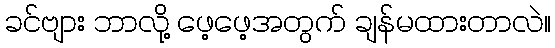
ခင်ဗျား ဘာလို့ ဖေ့ဖေ့အတွက် ချန်မထားတာလဲ။